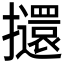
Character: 𭣌